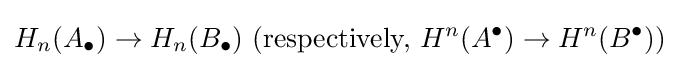
H_{n}(A_{\bullet })\to H_{n}(B_{\bullet })\ ({\text{respectively, }}H^{n}(A^{\bullet })\to H^{n}(B^{\bullet }))